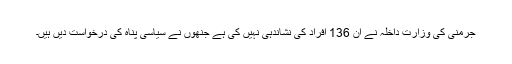
جرمنی کی وزارتِ داخلہ نے ان 136 افراد کی نشاندہی نہیں کی ہے جنھوں نے سیاسی پناہ کی درخواست دیں ہیں۔